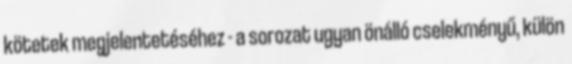
kötetek megjelentetéséhez - a sorozat ugyan önálló cselekményű, külön